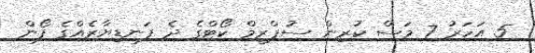
5 އަހަރު 7 މަސް ކުރިން ސުޕްރީމް ކޯޓްގެ ދެ ފަނޑިޔާރެއްގެ ފޯން